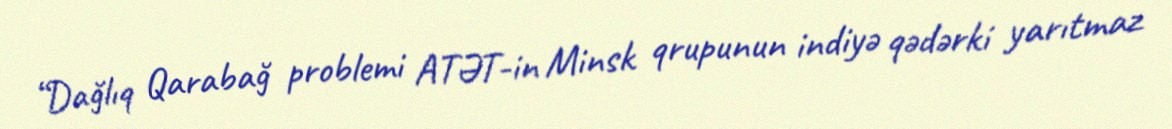
“Dağlıq Qarabağ problemi ATƏT-in Minsk qrupunun indiyə qədərki yarıtmaz